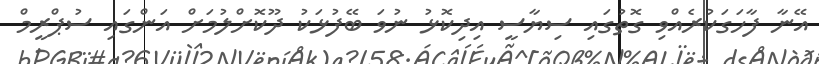
އޭނާ ފާހަގަކުރެއްވި ގޮތުގައި ސިޔާސީ އިދިކޮޅު ނުވަ ބޭފުޅަކު ދޫކޮށްލުމަށް އަންގައި ސުޕްރީމް